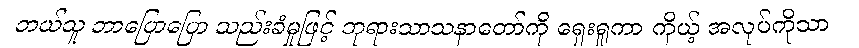
ဘယ်သူ ဘာပြောပြော သည်းခံမှုဖြင့် ဘုရားသာသနာတော်ကို ရှေးရှုကာ ကိုယ့် အလုပ်ကိုသာ